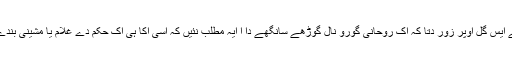
رنپوچے نے ایس گل اوپر زور دتا کہ اک روحانی گورو نال گوڑھے سانگھے دا ا ایہ مطلب نئیں کہ اسی اُکا ہی اک حکم دے غلام یا مشینی بندے بن جائیے۔